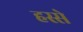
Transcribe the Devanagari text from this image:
हस्से